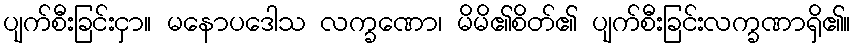
ပျက်စီးခြင်းငှာ။ မနောပဒေါသ လက္ခဏော၊ မိမိ၏စိတ်၏ ပျက်စီးခြင်းလက္ခဏာရှိ၏။